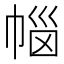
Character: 𭘥